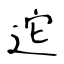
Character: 迱